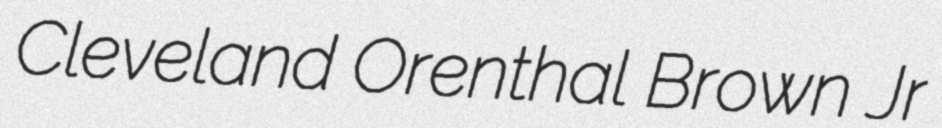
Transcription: Cleveland Orenthal Brown Jr